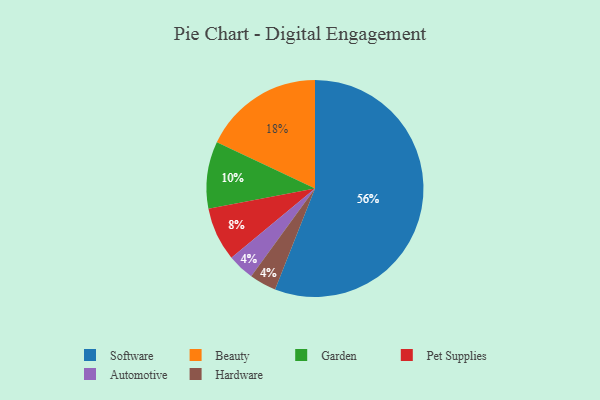
{"axis": {"x": "Category", "y": "Percentage"}, "legend": ["Automotive", "Beauty", "Garden", "Hardware", "Pet Supplies", "Software"], "data": [{"x": "Automotive", "y": 4, "type": "Automotive"}, {"x": "Garden", "y": 10, "type": "Garden"}, {"x": "Pet Supplies", "y": 8, "type": "Pet Supplies"}, {"x": "Beauty", "y": 18, "type": "Beauty"}, {"x": "Hardware", "y": 4, "type": "Hardware"}, {"x": "Software", "y": 56, "type": "Software"}]}